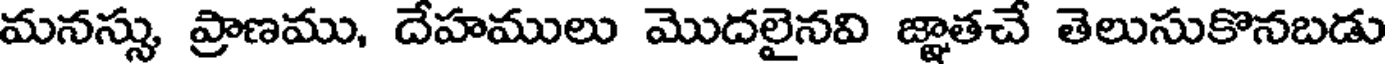
మనస్సు ప్రాణము, దేహములు మొదలైనవి జ్ఞాతచే తెలుసుకొనబడు